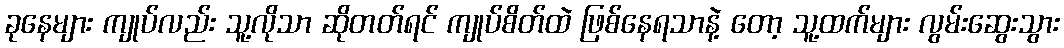
ခုနေများ ကျုပ်လည်း သူ့လိုသာ ဆိုတတ်ရင် ကျုပ်စိတ်ထဲ ဖြစ်နေရသာနဲ့ တော့ သူ့ထက်များ လွမ်းဆွေးသွား